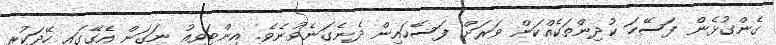
ގެންގުޅެން ފަސޭހަ ކުދިންތަކެއްކަން ވަރަށް ފަސޭހައިން ދެނެގަނެވުނެވެ. އިންޓަވިއު ނަގަން އެގޭގައި ހޭދަކުރި